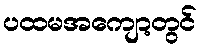
ပထမအကျော့တွင်